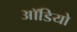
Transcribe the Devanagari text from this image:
आॅडियो